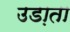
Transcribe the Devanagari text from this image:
उडा़ता